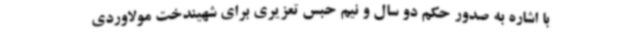
با اشاره به صدور حکم دو سال و نیم حبس تعزیری برای شهیندخت مولاوردی